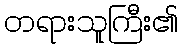
တရားသူကြီး၏